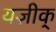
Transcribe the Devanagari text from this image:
यज़ीक्